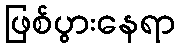
ဖြစ်ပွားနေရာ